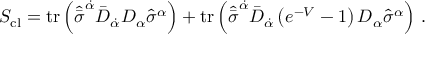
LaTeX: S _ { \mathrm { c l } } = \mathrm { t r } \left( \hat { \bar { \sigma } } ^ { \dot { \alpha } } \bar { D } _ { \dot { \alpha } } D _ { \alpha } \hat { \sigma } ^ { \alpha } \right) + \mathrm { t r } \left( { \hat { \bar { \sigma } } } ^ { \dot { \alpha } } \bar { D } _ { \dot { \alpha } } \left( e ^ { - V } - 1 \right) D _ { \alpha } { \hat { \sigma } } ^ { \alpha } \right) \, .